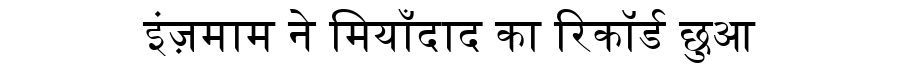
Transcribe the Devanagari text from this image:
इंज़माम ने मियाँदाद का रिकॉर्ड छुआ